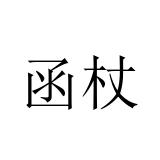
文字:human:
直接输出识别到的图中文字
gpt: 函杖